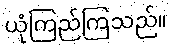
ယုံကြည်ကြသည်။